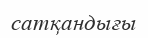
сатқандығы